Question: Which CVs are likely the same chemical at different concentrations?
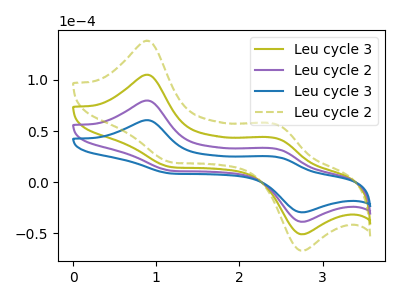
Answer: <think>The olive curve "Leu cycle 3" has anodic peaks at (0.90V, 159.80uA) (2.45V, 65.40uA) and cathodic peaks at (1.20V, 22.25uA) (2.75V, -77.20uA). The purple curve "Leu cycle 2" has anodic peaks at (0.90V, 79.90uA) (2.45V, 32.70uA) and cathodic peaks at (1.20V, 11.10uA) (2.75V, -38.60uA). The blue curve "Leu cycle 3" has anodic peaks at (0.90V, 60.75uA) (2.45V, 24.85uA) and cathodic peaks at (1.20V, 8.45uA) (2.75V, -29.35uA). The olive dashed curve "Leu cycle 2" has anodic peaks at (0.90V, 239.70uA) (2.45V, 98.05uA) and cathodic peaks at (1.20V, 33.35uA) (2.75V, -115.80uA).
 All the peaks in "Leu cycle 3" have a peak in "Leu cycle 2" at the same potential. All the peaks in "Leu cycle 3" have a peak in "Leu cycle 3" at the same potential. All the peaks in "Leu cycle 3" have a peak in "Leu cycle 2" at the same potential. All the peaks in "Leu cycle 2" have a peak in "Leu cycle 3" at the same potential. All the peaks in "Leu cycle 2" have a peak in "Leu cycle 2" at the same potential. All the peaks in "Leu cycle 3" have a peak in "Leu cycle 2" at the same potential.</think>
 <answer>"Leu cycle 3", "Leu cycle 3", "Leu cycle 2" and "Leu cycle 2" have the same shape and are likely CV's of the same chemical.</answer>
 <eval>"Leu cycle 3" "Leu cycle 3" "Leu cycle 2" "Leu cycle 2"</eval>